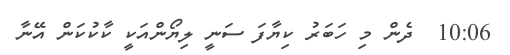
10:06  ދެން މި ހަބަރު ކިޔާފަ ސަނީ ލިޔޯންއަކީ ކާކުކަން އޭނާ